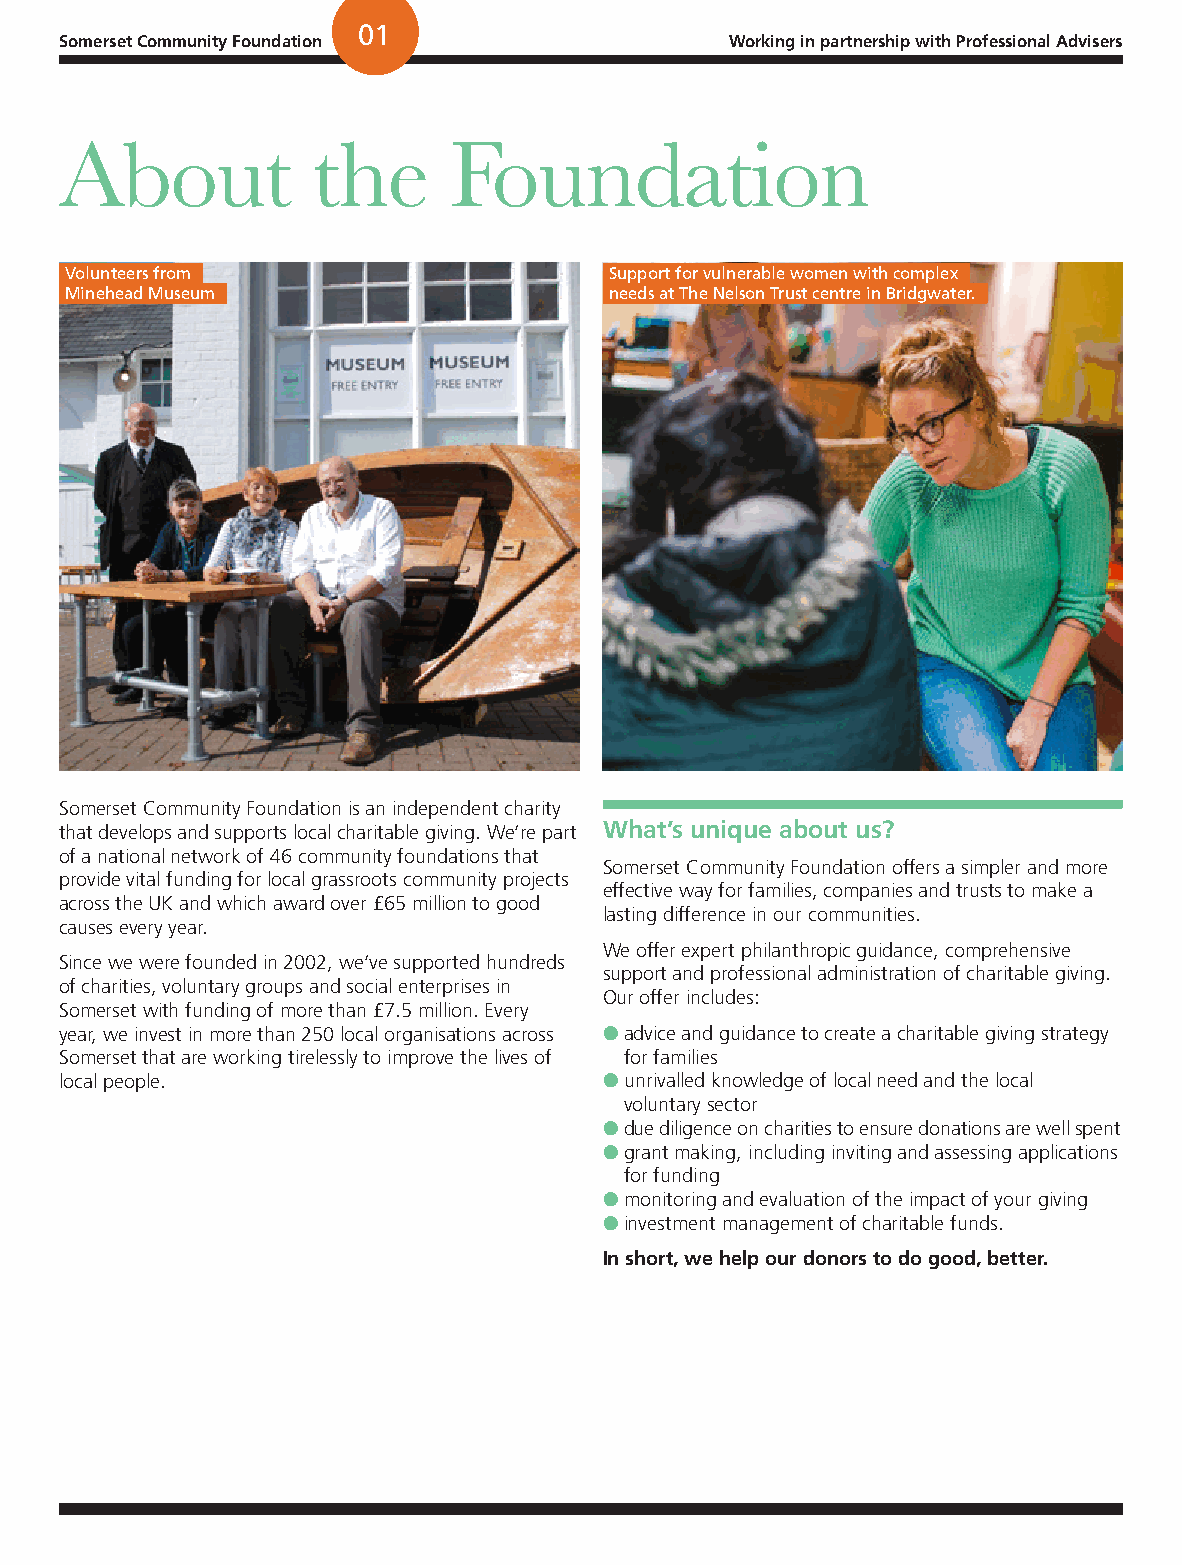
01
 Somerset Community Foundation               Working in partnership with Professional Advisers
 About            the      Foundation
 Volunteers from                     Support for vulnerable women with complex
 Minehead Museum                     needs at The Nelson Trust centre in Bridgwater.
 Somerset Community Foundation is an independent charity
 that develops and supports local charitable giving. We’re part What’s unique about us?
 of a national network of 46 community foundations that
 Somerset Community Foundation offers a simpler and more
 provide vital funding for local grassroots community projects
 effective way for families, companies and trusts to make a
 across the UK and which award over £65 million to good
 lasting difference in our communities.
 causes every year.
 We offer expert philanthropic guidance, comprehensive
 Since we were founded in 2002, we’ve supported hundreds
 support and professional administration of charitable giving.
 of charities, voluntary groups and social enterprises in
 Our offer includes:
 Somerset with funding of more than £7.5 million. Every
 year, we invest in more than 250 local organisations across l advice and guidance to create a charitable giving strategy
 Somerset that are working tirelessly to improve the lives of for families
 local people.                       l unrivalled knowledge of local need and the local
 voluntary sector
 l due diligence on charities to ensure donations are well spent
 l grant making, including inviting and assessing applications
 for funding
 l monitoring and evaluation of the impact of your giving
 l investment management of charitable funds.
 In short, we help our donors to do good, better.